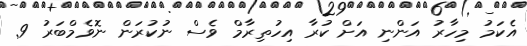
އެކަމު މިހާރު އަންނި އަށް ކުރާ އިހުތިރާމް ވެސް ނުކުރަން ނޮވެމްބަރު 9